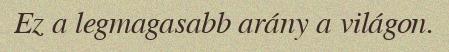
Ez a legmagasabb arány a világon.